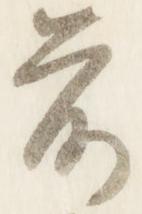
前